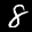
Label: 8